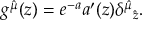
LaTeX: g ^ { \hat { \mu } } ( z ) = e ^ { - a } a ^ { \prime } ( z ) { \delta ^ { \hat { \mu } } } _ { \hat { z } } .